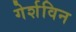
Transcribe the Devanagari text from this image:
गेर्शविन